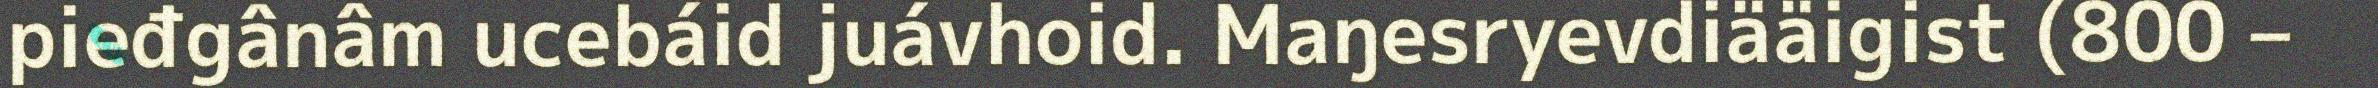
pieđgânâm ucebáid juávhoid. Maŋesryevdiääigist (800 –